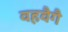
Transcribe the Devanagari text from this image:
वहवैगै